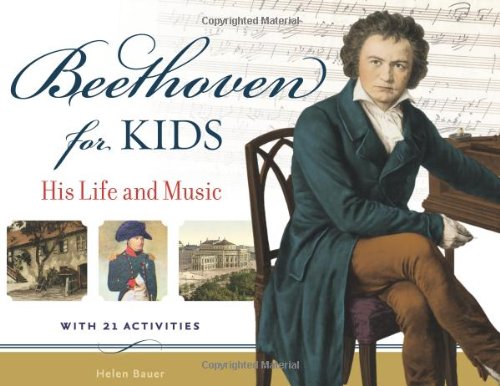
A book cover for Beethoven for Kids: His Life and Music with 21 Activities (For Kids series); Helen Bauer; Children's Books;